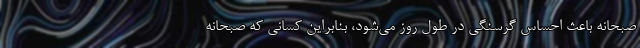
صبحانه باعث احساس گرسنگی در طول روز می‌شود، بنابراین کسانی که صبحانه